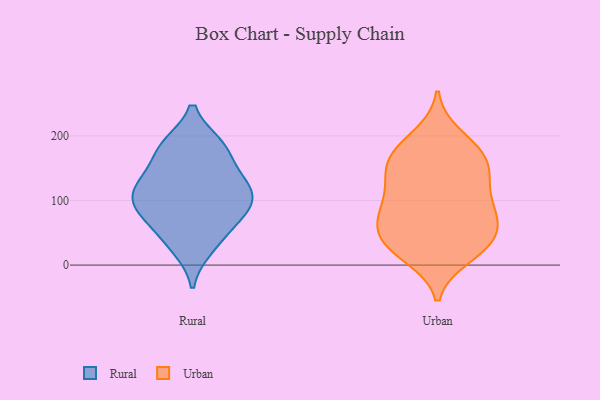
{"axis": {"x": "Shipments", "y": "Value"}, "legend": ["Rural", "Urban"], "data": [{"x": "", "y": 78, "type": "Rural"}, {"x": "", "y": 83, "type": "Rural"}, {"x": "", "y": 133, "type": "Rural"}, {"x": "", "y": 119, "type": "Rural"}, {"x": "", "y": 185, "type": "Rural"}, {"x": "", "y": 27, "type": "Rural"}, {"x": "", "y": 79, "type": "Rural"}, {"x": "", "y": 132, "type": "Rural"}, {"x": "", "y": 109, "type": "Rural"}, {"x": "", "y": 181, "type": "Rural"}, {"x": "", "y": 106, "type": "Rural"}, {"x": "", "y": 42, "type": "Rural"}, {"x": "", "y": 181, "type": "Rural"}, {"x": "", "y": 69, "type": "Urban"}, {"x": "", "y": 170, "type": "Urban"}, {"x": "", "y": 138, "type": "Urban"}, {"x": "", "y": 88, "type": "Urban"}, {"x": "", "y": 37, "type": "Urban"}, {"x": "", "y": 182, "type": "Urban"}, {"x": "", "y": 71, "type": "Urban"}, {"x": "", "y": 78, "type": "Urban"}, {"x": "", "y": 20, "type": "Urban"}, {"x": "", "y": 200, "type": "Urban"}, {"x": "", "y": 37, "type": "Urban"}, {"x": "", "y": 155, "type": "Urban"}, {"x": "", "y": 131, "type": "Urban"}, {"x": "", "y": 91, "type": "Urban"}, {"x": "", "y": 48, "type": "Urban"}, {"x": "", "y": 14, "type": "Urban"}, {"x": "", "y": 147, "type": "Urban"}, {"x": "", "y": 32, "type": "Urban"}, {"x": "", "y": 111, "type": "Urban"}, {"x": "", "y": 173, "type": "Urban"}]}